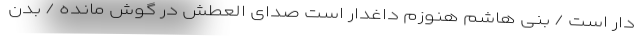
دار است / بنی هاشم هنوزم داغدار است صدای العطش در گوش مانده / بدن